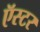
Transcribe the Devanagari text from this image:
ऍस्टर